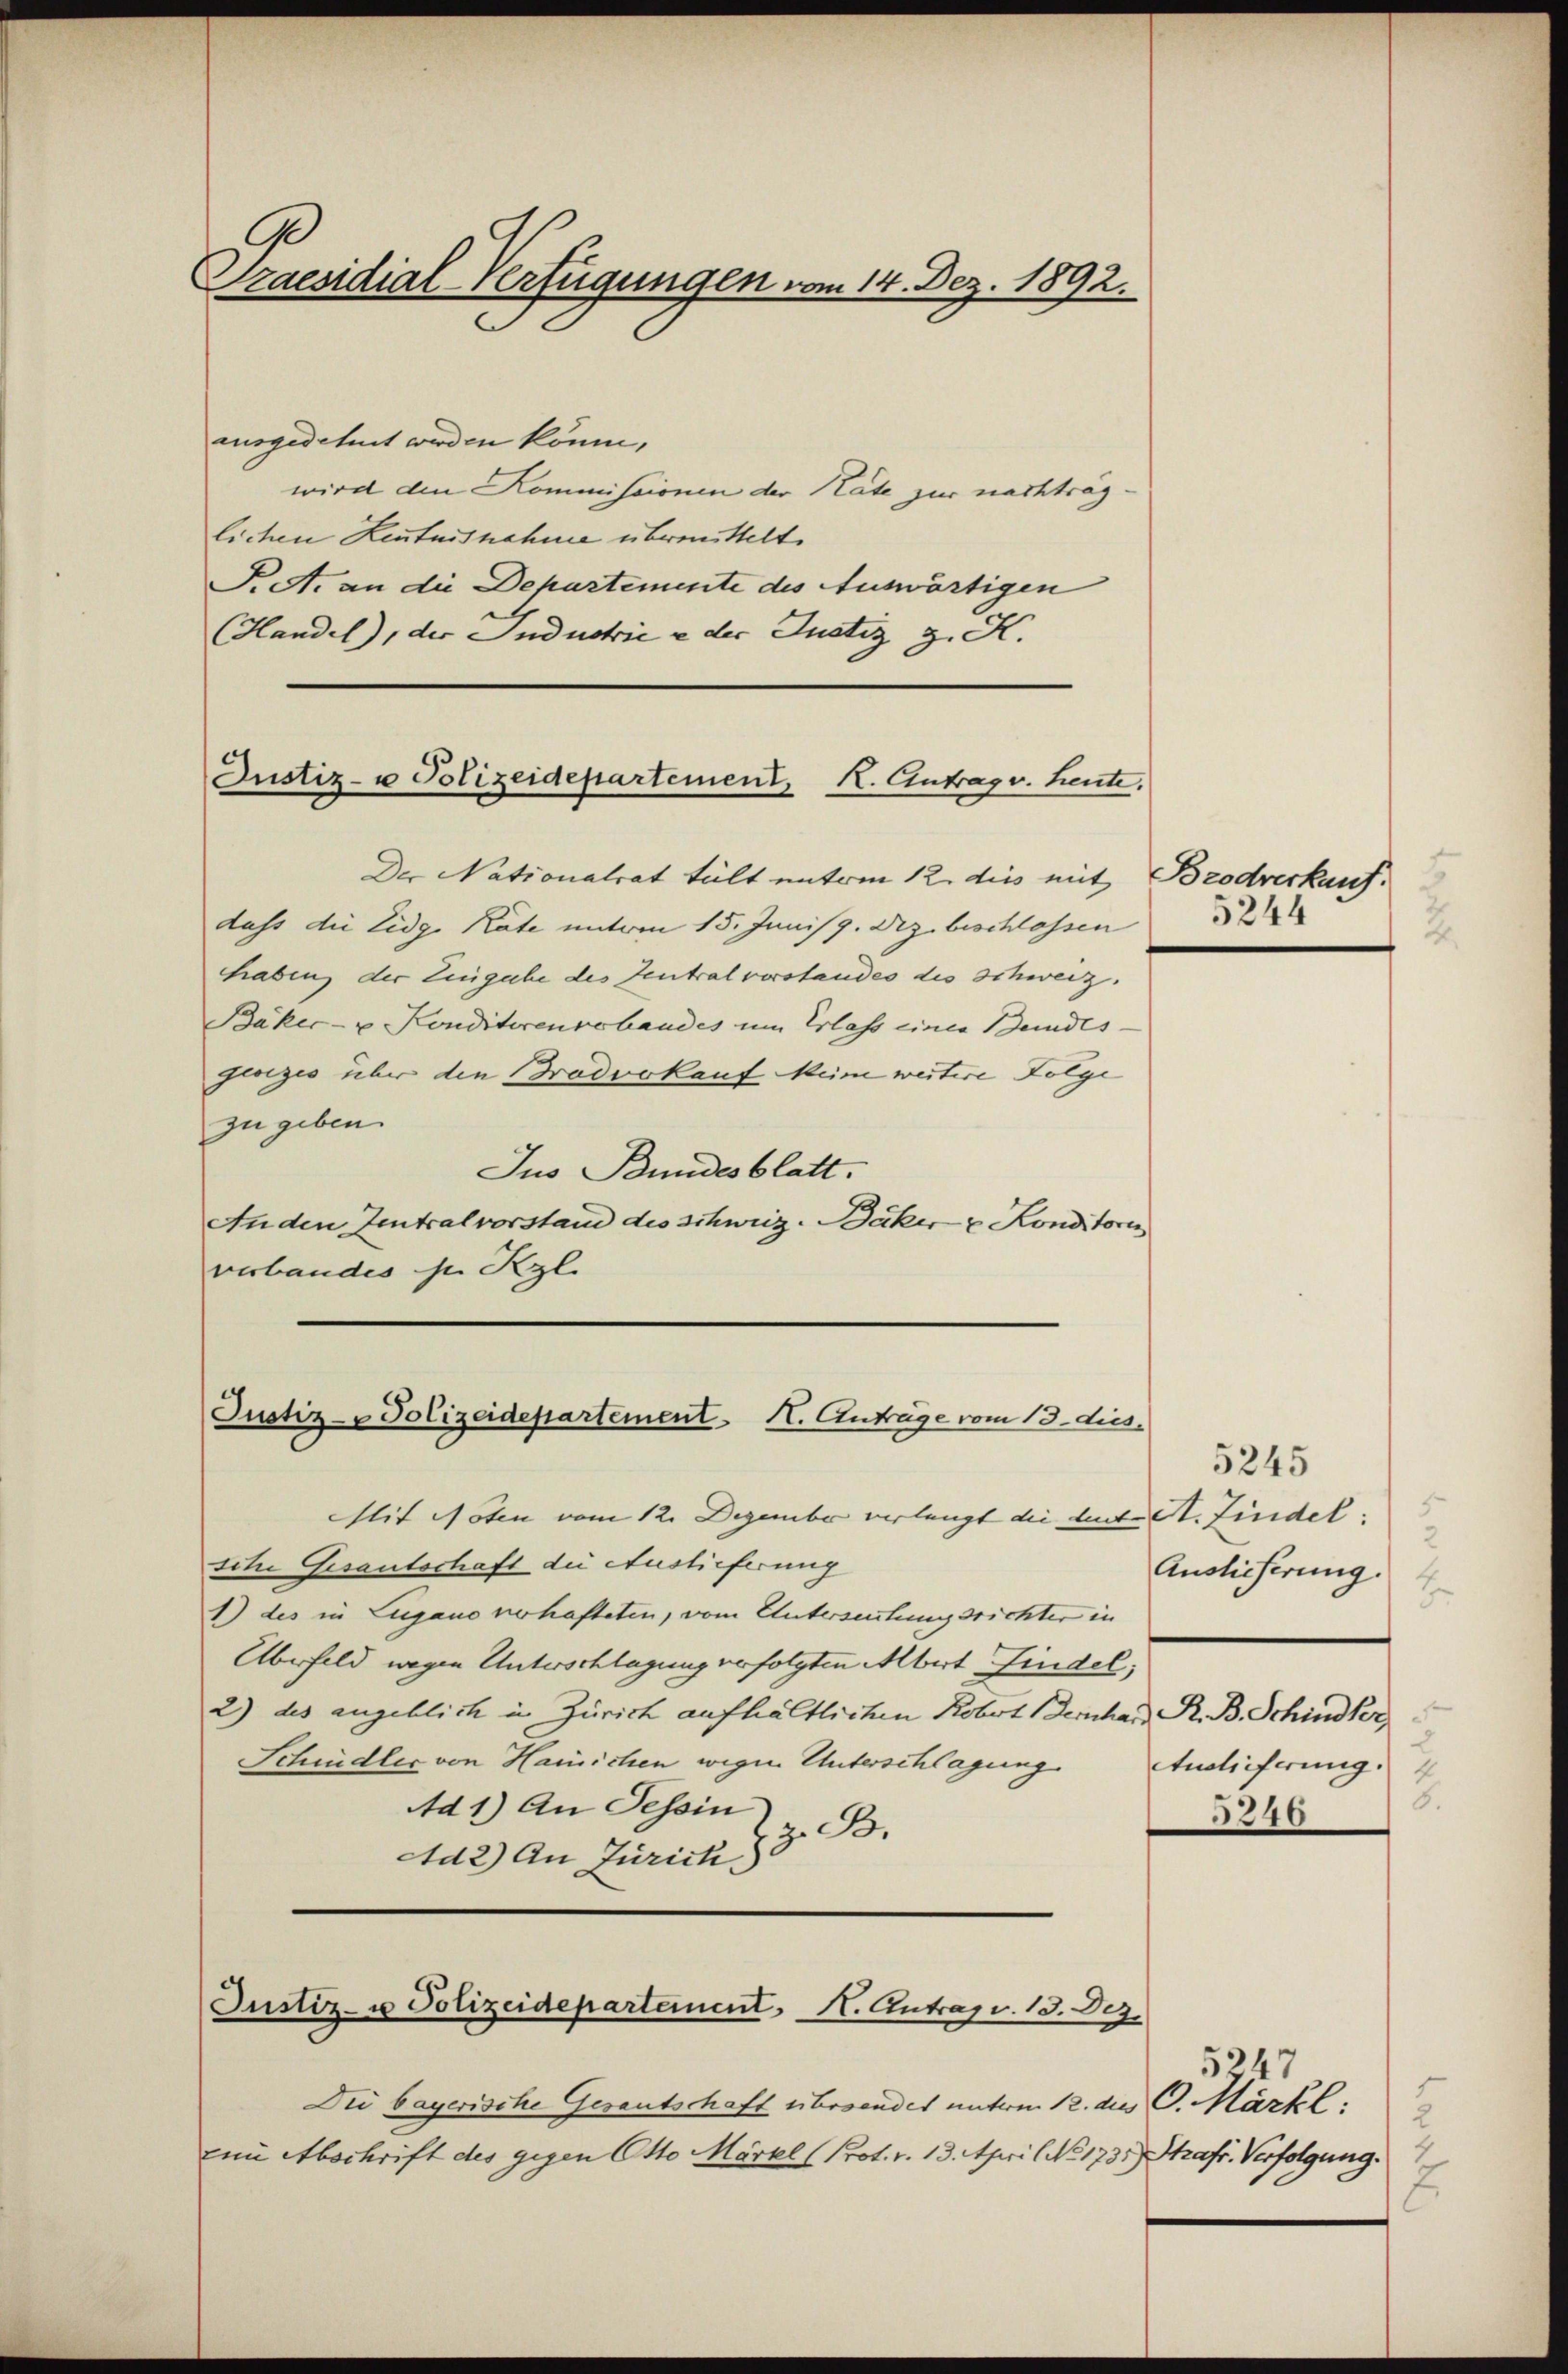
Praesidial-Verfügungen vom 14. Dez. 1892.

ausgedehnet werden könne,
wird den Kommissionen der Nate zur nachträglichen Leutnisnahme übermittelt.
P.et. an die Departemente des Auswärtigen
Handel), der Industrie u der Justiz z. K.

Justiz- u Polizeidepartement, K. Antrag v. heute.

Der Nationalrat tält unterm 12. dies mit Brodverkauf.
dass die Eidg. Kate unterm 15. Juni /9. Dez. beschlossen
haben der Eingabe des Zentralvorstandes des schweiz.
Bäker- u. Konditirenvorhandes um Erlass einer Bundes
gerzes über den Brodvokauf Meine weitere Folge
zu geben.
Jus Bundesblatt.
Anden Zentralvorstand des Schweiz. Bäker u Konditori
verbandes sr Kgl.

Justiz-Polizeidepartement H. Anträge vom 13. dies

Justiz- u Polizeidepartement H. Antrag v. 13. Dez.

Die bayerische Gesantschaft übersendet unterm 12. du C. Märtl:
zum Abschrift des gegen Otto Märzel (Prot. v. 13. April No 173.) Straft. Verfolgung.

Mit Poten vom 12. Dezember verlangt die und St. Findel.
sche Gesantschaft die Auslieferung
1) des in Lugano verhafteten, vom Untersehungsrichter in
Überfeld wegen Unterschlagung verfolgten Abert Findel,
2) des angeblich in Zürich aufhältlichen Kobert Bernhard R. B. Schindler
Schindler von Harichen wegen Unterschlagung.
Ad 1) An Tessin
z. B.
Ad 2) An Zürich 3

5244
.

5245
Auslieferung.
2
5
Auslieferung.
6.
5246

5347
2